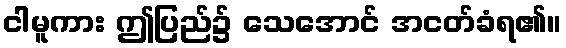
ငါမူကား ဤပြည်၌ သေအောင် အငတ်ခံရ၏။